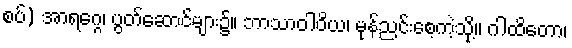
စပ်) အာရဂ္ဂေ၊ ပွတ်ဆောင်များ၌။ ဘာသာဝါဝိယ၊ မုန်ညင်းစေ့ကဲ့သို့။ ဂါထိတော၊